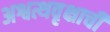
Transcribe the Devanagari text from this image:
अश्वत्थवृक्षाची